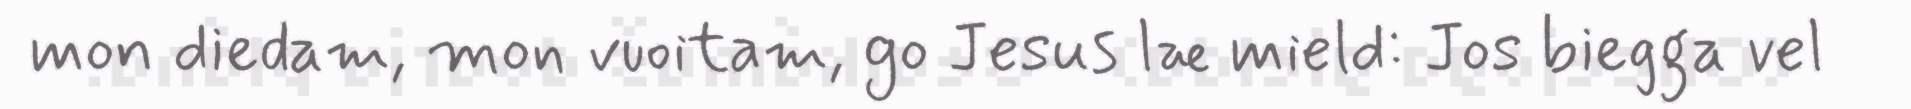
mon diedam, mon vuoitam, go Jesus læ mield: Jos biegga vel